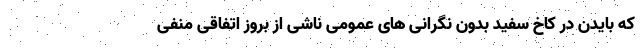
که بایدن در کاخ سفید بدون نگرانی های عمومی ناشی از بروز اتفاقی منفی